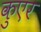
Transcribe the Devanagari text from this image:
कुएर